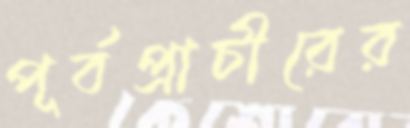
পূর্বপ্রাচীরের